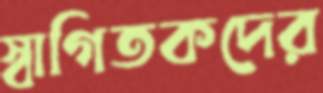
স্বাগিতকদের